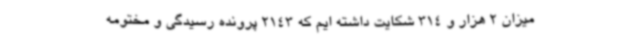
میزان 2 هزار و 314 شکایت داشته ایم که 2143 پرونده رسیدگی و مختومه